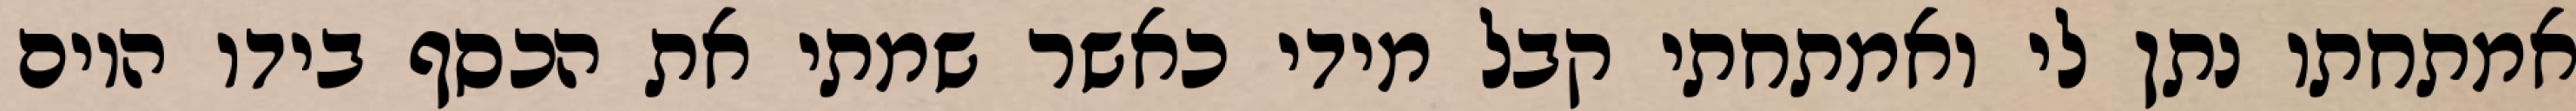
אמתחתו נתן לי ואמתחתי קבל מידי כאשר שמתי את הכסף בידו היום